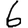
Digit: 6